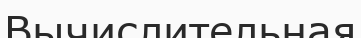
Вычислительная